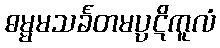
ဓမ္မမသင်္ခတမပ္ပဋိကူလံ